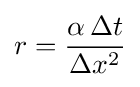
r={\frac {\alpha \,\Delta t}{\Delta x^{2}}}